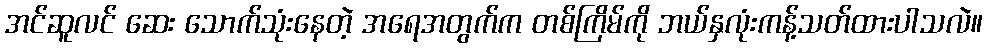
အင်ဆူလင် ဆေး သောက်သုံးနေတဲ့ အရေအတွက်က တစ်ကြိမ်ကို ဘယ်နှလုံးကန့်သတ်ထားပါသလဲ။